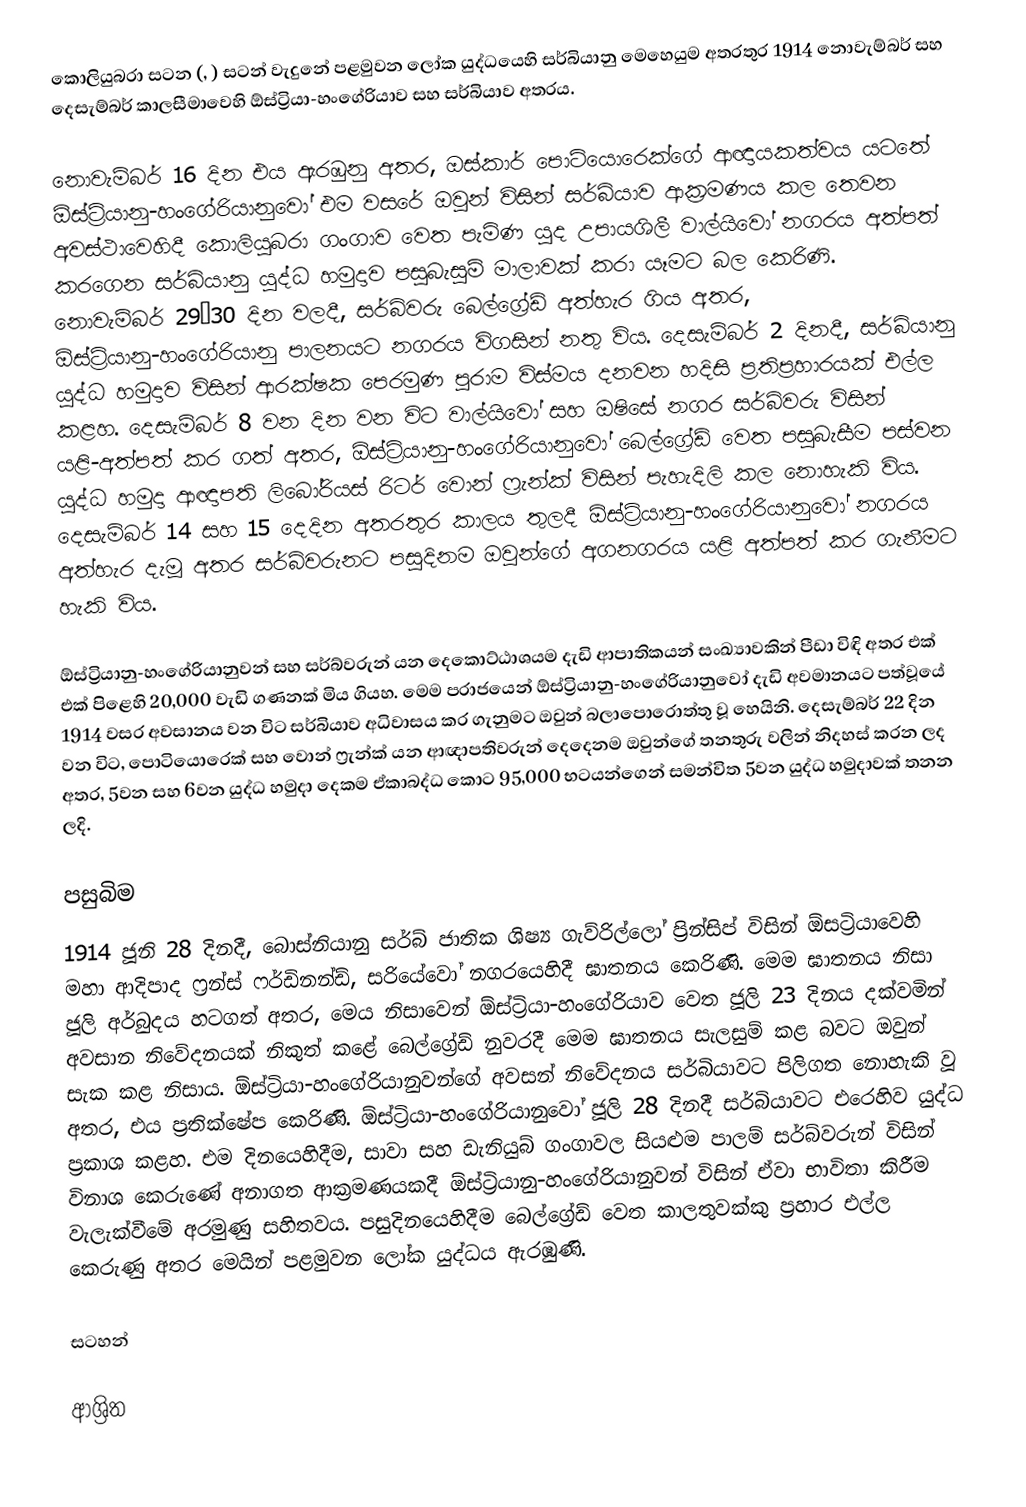
කොලියුබරා සටන (, ) සටන් වැදුනේ පළමුවන ලෝක යුද්ධයෙහි සර්බියානු මෙහෙයුම අතරතුර 1914 නොවැම්බර් සහ දෙසැම්බර් කාලසීමාවෙහි ඕස්ට්‍රියා-හංගේරියාව සහ සර්බියාව අතරය.

නොවැම්බර් 16 දින එය ඇරඹුනු අතර, ඔස්කාර් පොටියොරෙක්ගේ ආඥායකත්වය යටතේ ඕස්ට්‍රියානු-හංගේරියානුවෝ එම වසරේ ඔවුන් විසින් සර්බියාව ආක්‍රමණය කල තෙවන අවස්ථාවෙහිදී කොලියුබරා ගංගාව වෙත පැමිණ යුද උපායශිලී වාල්යිවෝ නගරය අත්පත් කරගෙන සර්බියානු යුද්ධ හමුදාව පසුබැසුම් මාලාවක් කරා යෑමට බල කෙරිණි. නොවැම්බර් 29–30 දින වලදී, සර්බ්වරු බෙල්ග්‍රේඩ් අත්හැර ගිය අතර, ඕස්ට්‍රියානු-හංගේරියානු පාලනයට නගරය විගසින් නතු විය. දෙසැම්බර් 2 දිනදී, සර්බියානු යුද්ධ හමුදාව විසින් ආරක්ෂක පෙරමුණ පුරාම විස්මය දනවන හදිසි ප්‍රතිප්‍රහාරයක් එල්ල කළහ. දෙසැම්බර් 8 වන දින වන විට වාල්යිවෝ සහ ඔෂිසේ නගර සර්බ්වරු විසින් යළි-අත්පත් කර ගත් අතර, ඕස්ට්‍රියානු-හංගේරියානුවෝ බෙල්ග්‍රේඩ් වෙත පසුබැසීම පස්වන යුද්ධ හමුදා ආඥාපති ලිබෝරියස් රිටර් වොන් ෆ්‍රැන්ක් විසින් පැහැදිලි කල නොහැකි විය. දෙසැම්බර් 14 සහ 15 දෙදින අතරතුර කාලය තුලදී ඕස්ට්‍රියානු-හංගේරියානුවෝ නගරය අත්හැර දැමූ අතර සර්බ්වරුනට පසුදිනම ඔවුන්ගේ අගනගරය යළි අත්පත් කර ගැනීමට හැකි විය.

ඕස්ට්‍රියානු-හංගේරියානුවන් සහ සර්බ්වරුන් යන දෙකොට්ඨාශයම දැඩි ආපාතිකයන් සංඛ්‍යාවකින් පීඩා විඳි අතර එක් එක් පිළෙහි 20,000 වැඩි ගණනක් මිය ගියහ. මෙම පරාජයෙන් ඕස්ට්‍රියානු-හංගේරියානුවෝ දැඩි අවමානයට පත්වූයේ 1914 වසර අවසානය වන විට සර්බියාව අධිවාසය කර ගැනුමට ඔවුන් බලාපොරොත්තු වූ හෙයිනි. දෙසැම්බර් 22 දින වන විට, පොටියොරෙක් සහ වොන් ෆ්‍රැන්ක් යන ආඥාපතිවරුන් දෙදෙනම ඔවුන්ගේ තනතුරු වලින් නිදහස් කරන ලද අතර, 5වන සහ 6වන යුද්ධ හමුදා දෙකම ඒකාබද්ධ කොට 95,000 භටයන්ගෙන් සමන්විත 5වන යුද්ධ හමුදාවක් තනන ලදි.

පසුබිම
1914 ජූනි 28 දිනදී, බොස්නියානු සර්බ් ජාතික ශිෂ්‍ය ගැව්රිල්ලෝ ප්‍රින්සිප්  විසින් ඕසට්‍රියාවෙහි මහා ආදිපාද ෆ්‍රන්ස් ෆර්ඩිනන්ඩ්,  සරියේවෝ නගරයෙහිදී ඝාතනය කෙරිණි. මෙම ඝාතනය නිසා ජූලි අර්බුදය හටගත් අතර, මෙය නිසාවෙන් ඕස්ට්‍රියා-හංගේරියාව වෙත ජූලි 23 දිනය දක්වමින් අවසාන නිවේදනයක් නිකුත් කළේ  බෙල්ග්‍රේඩ් නුවරදී මෙම ඝාතනය සැලසුම් කළ බවට ඔවුන් සැක කළ නිසාය. ඕස්ට්‍රියා-හංගේරියානුවන්ගේ අවසන් නිවේදනය සර්බියාවට පිලිගත නොහැකි වූ අතර, එය ප්‍රතික්ෂේප කෙරිණි. ඕස්ට්‍රියා-හංගේරියානුවෝ ජූලි 28 දිනදී සර්බියාවට එරෙහිව යුද්ධ ප්‍රකාශ කළහ. එම දිනයෙහිදීම, සාවා සහ ඩැනියුබ් ගංගාවල සියළුම පාලම් සර්බ්වරුන් විසින් විනාශ කෙරුණේ අනාගත ආක්‍රමණයකදී ඕස්ට්‍රියානු-හංගේරියානුවන් විසින් ඒවා භාවිතා කිරීම වැලැක්වීමේ අරමුණු සහිතවය. පසුදිනයෙහිදීම බෙල්ග්‍රේඩ් වෙත කාලතුවක්කු ප්‍රහාර එල්ල කෙරුණු අතර මෙයින් පළමුවන ලෝක යුද්ධය ඇරඹුණි.

සටහන්

ආශ්‍රිත